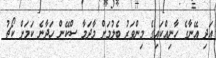
އަދި އޭނާގެ ހާނިއްކައިގެ މިންވަރު ބެލުމަށް މާދަމާ ސްކޭން ހަދާނެ ކަމަށް ކޯޗު